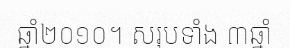
ឆ្នាំ២០១០។ សរុបទាំង ៣ឆ្នាំ